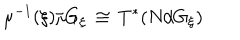
\mu ^ { - 1 } ( \xi ) / G _ { \xi } \, \cong \, T ^ { * } ( N / G _ { \xi } )